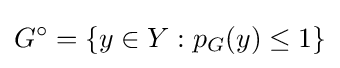
G^{\circ }=\left\{y\in Y:p_{G}(y)\leq 1\right\}